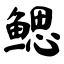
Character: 鳃